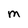
Character: M